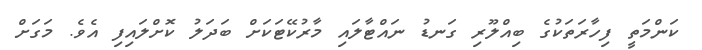
ކަންމަތީ ފިހާރަތަކުގެ ބިއްލޫރި ގަނޑު ނައްޓާލައި މާރުކޭޓަކަށް ބަދަލު ކޮށްލައިފި އެވެ. މަގަށް